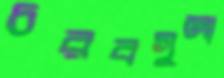
চরবগুলা